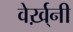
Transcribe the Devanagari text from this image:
वेर्ख़्नी